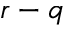
r - q